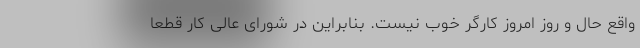
واقع حال و روز امروز کارگر خوب نیست. بنابراین در شورای عالی کار قطعا